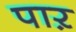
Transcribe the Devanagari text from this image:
पाऱ